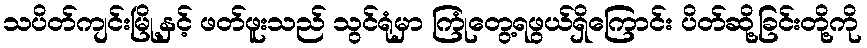
သပိတ်ကျင်းမြို့နှင့် ဖတ်ဖူးသည် သွင်ရုံမှာ ကြုံတွေ့ရဖွယ်ရှိကြောင်း ပိတ်ဆို့ခြင်းတို့ကို